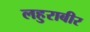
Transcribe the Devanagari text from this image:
लहुराबीर